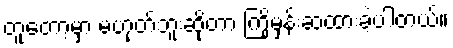
တူတော့မှာ မဟုတ်ဘူးဆိုတာ ကြိုမှန်းဆထားခဲ့ပါတယ်။